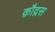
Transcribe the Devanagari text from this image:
क़ौद्रस